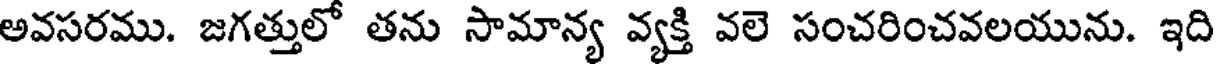
అవసరము. జగత్తులో తను సామాన్య వ్యక్తి వలె సంచరించవలయును. ఇది